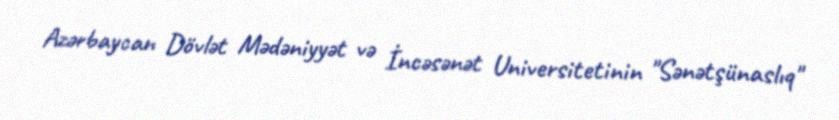
Azərbaycan Dövlət Mədəniyyət və İncəsənət Universitetinin "Sənətşünaslıq"